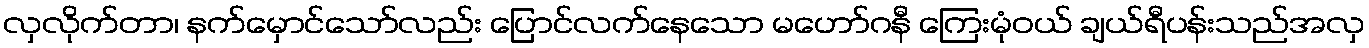
လှလိုက်တာ၊ နက်မှောင်သော်လည်း ပြောင်လက်နေသော မဟော်ဂနီ ကြေးမုံဝယ် ချယ်ရီပန်းသည်အလှ